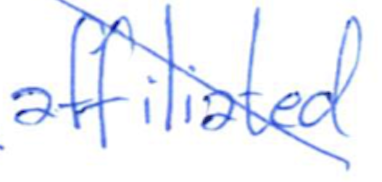
Text: affiliated
Cross-out: diagonal
Writing tool: ballpoint